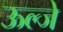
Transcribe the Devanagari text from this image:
ऊल्जे